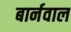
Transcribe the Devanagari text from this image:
बार्नवाल